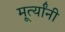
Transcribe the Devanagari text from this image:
मूर्त्यांनी